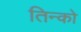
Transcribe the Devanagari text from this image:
तिन्को